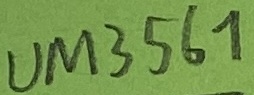
Text: UM3561